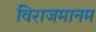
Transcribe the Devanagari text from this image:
विराजमानम